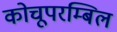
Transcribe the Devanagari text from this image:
कोचूपरम्बिल